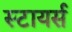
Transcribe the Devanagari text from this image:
स्टायर्स